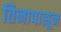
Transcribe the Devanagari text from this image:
तिनापासून